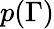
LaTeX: p(\Gamma)